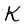
Character: K